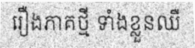
រឿងភាគថ្មី ទាំងខ្លួនឈឺ